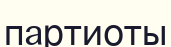
партиоты